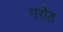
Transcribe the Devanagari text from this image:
गरौठ